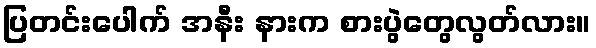
ပြတင်းပေါက် အနီး နားက စားပွဲတွေလွတ်လား။